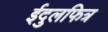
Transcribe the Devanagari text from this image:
ईदुलफित्र